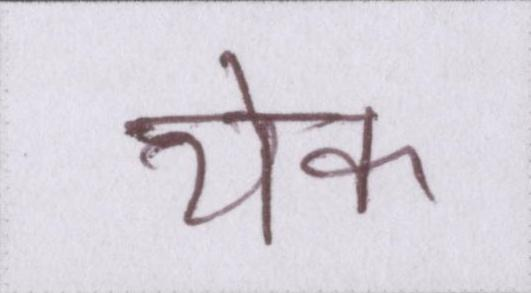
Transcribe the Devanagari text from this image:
येक